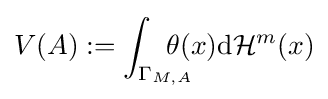
V(A):=\int _{\Gamma _{M,A}}\!\!\!\!\!\!\!\theta (x)\mathrm {d} {\mathcal {H}}^{m}(x)